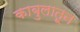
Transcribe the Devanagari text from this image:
काबुलातून